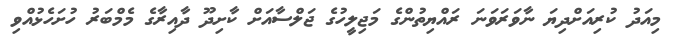
މިއަދު ކުރިއަށްދިޔަ ނާވަރަވަނަ ރައްޔިތުންގެ މަޖިލީހުގެ ޖަލްސާއަށް ކާށިދޫ ދާއިރާގެ މެމްބަރު ހުށަހެޅުއްވި